Indian journal of veterinary science and animal husbandry - Volumes 18-21, 1948-1951
Year: 1948
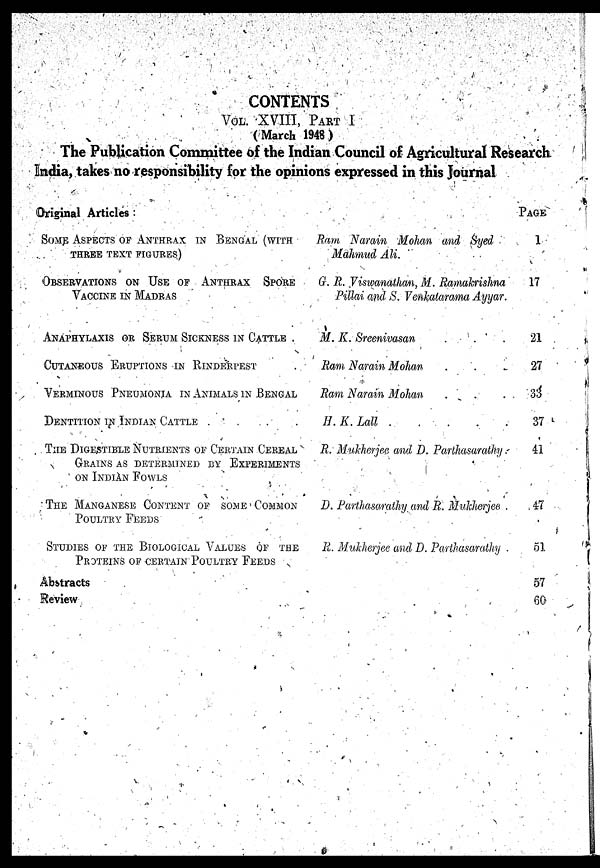
CONTENTS
VOL. XVIII, PART I
(March 1948)
The Publication Committee of the Indian Council of Agricultural Research
India, takes no responsibility for the opinions expressed in this Journal
Original Articles:
SOME ASPECTS OF ANTHRAX IN BENGAL (WITH
THREE TEXT FIGURES)
OBSERVATIONS ON USE OF ANTHRAX SPORE
VACCINE IN MADRAS
ANAPHYLAXIS OR SERUM SICKNESS IN CATTLE
CUTANEOUS ERUPTIONS IN RINDERPEST
VERMINOUS PNEUMONIA IN ANIMALS IN BENGAL
DENTITION IN INDIAN CATTLE
THE DIGESTIBLE NUTRIENTS OF CERTAIN CEREAL
GRAINS AS DETERMINED BY EXPERIMENTS
ON INDIAN FOWLS
THE MANGANESE CONTENT OF SOME COMMON
POULTRY FEEDS
STUDIES OF THE BIOLOGICAL VALUES OF THE
PROTEINS OF CERTAIN POULTRY FEEDS
Abstracts
Review
Ram Narain Mohan and Syed
Mahmud Ali.
G. R. Viswanathan, M. Ramakrishna
Pillai and S. Venkatarama Ayyar.
M. K. Sreenivasan . . .
Ram Narain Mohan . . .
Ram Narain Mohan . . .
H. K. Lall .
.
.
.
.
R. Mukherjee and D. Parthasarathy.
D. Parthasarathy and R. Mukherjee.
R. Mukherjee and D. Parthasarathy .
PAGE
1
17
21
27
33
37
41
47
51
57
60